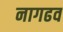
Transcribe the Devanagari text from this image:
नागढव